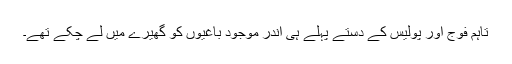
تاہم فوج اور پولیس کے دستے پہلے ہی اندر موجود باغیوں کو گھیرے میں لے چکے تھے۔